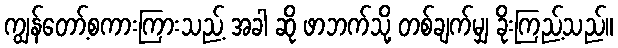
ကျွန်တော့်စကားကြားသည့် အခါ ဆို ဖာဘက်သို့ တစ်ချက်မျှ ခိုးကြည့်သည်။